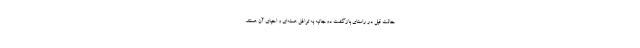
حالت قبل در راستای بازگشت دوجانبه به توافق هسته‌ای و احیای آن هستند.